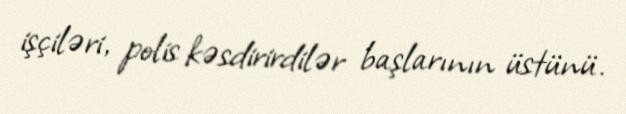
işçiləri, polis kəsdirirdilər başlarının üstünü.